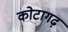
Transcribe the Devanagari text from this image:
कोटागढ़